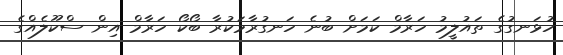
ހުޅަނގުގެ ތައުލީމު ހަރާމް ކަމަށް ބުނެ ހަނގުރާމަކުރާ ބޯކޯ ހަރާމް އިން ސްކޫލެއްގެ